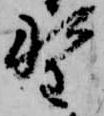
野